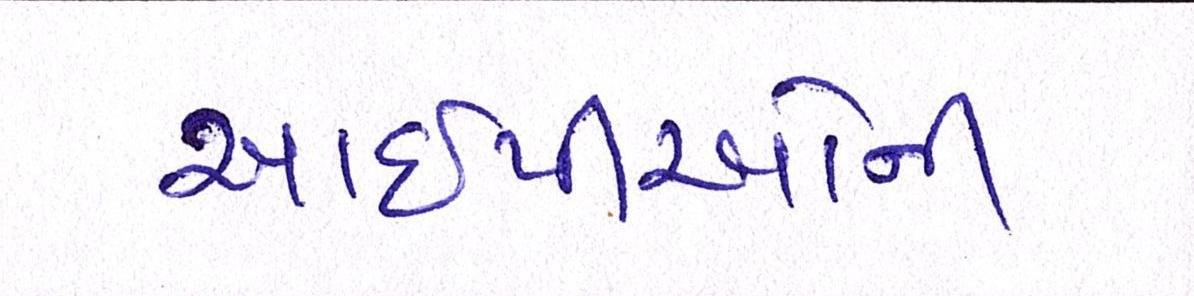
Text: આઇપીઓની